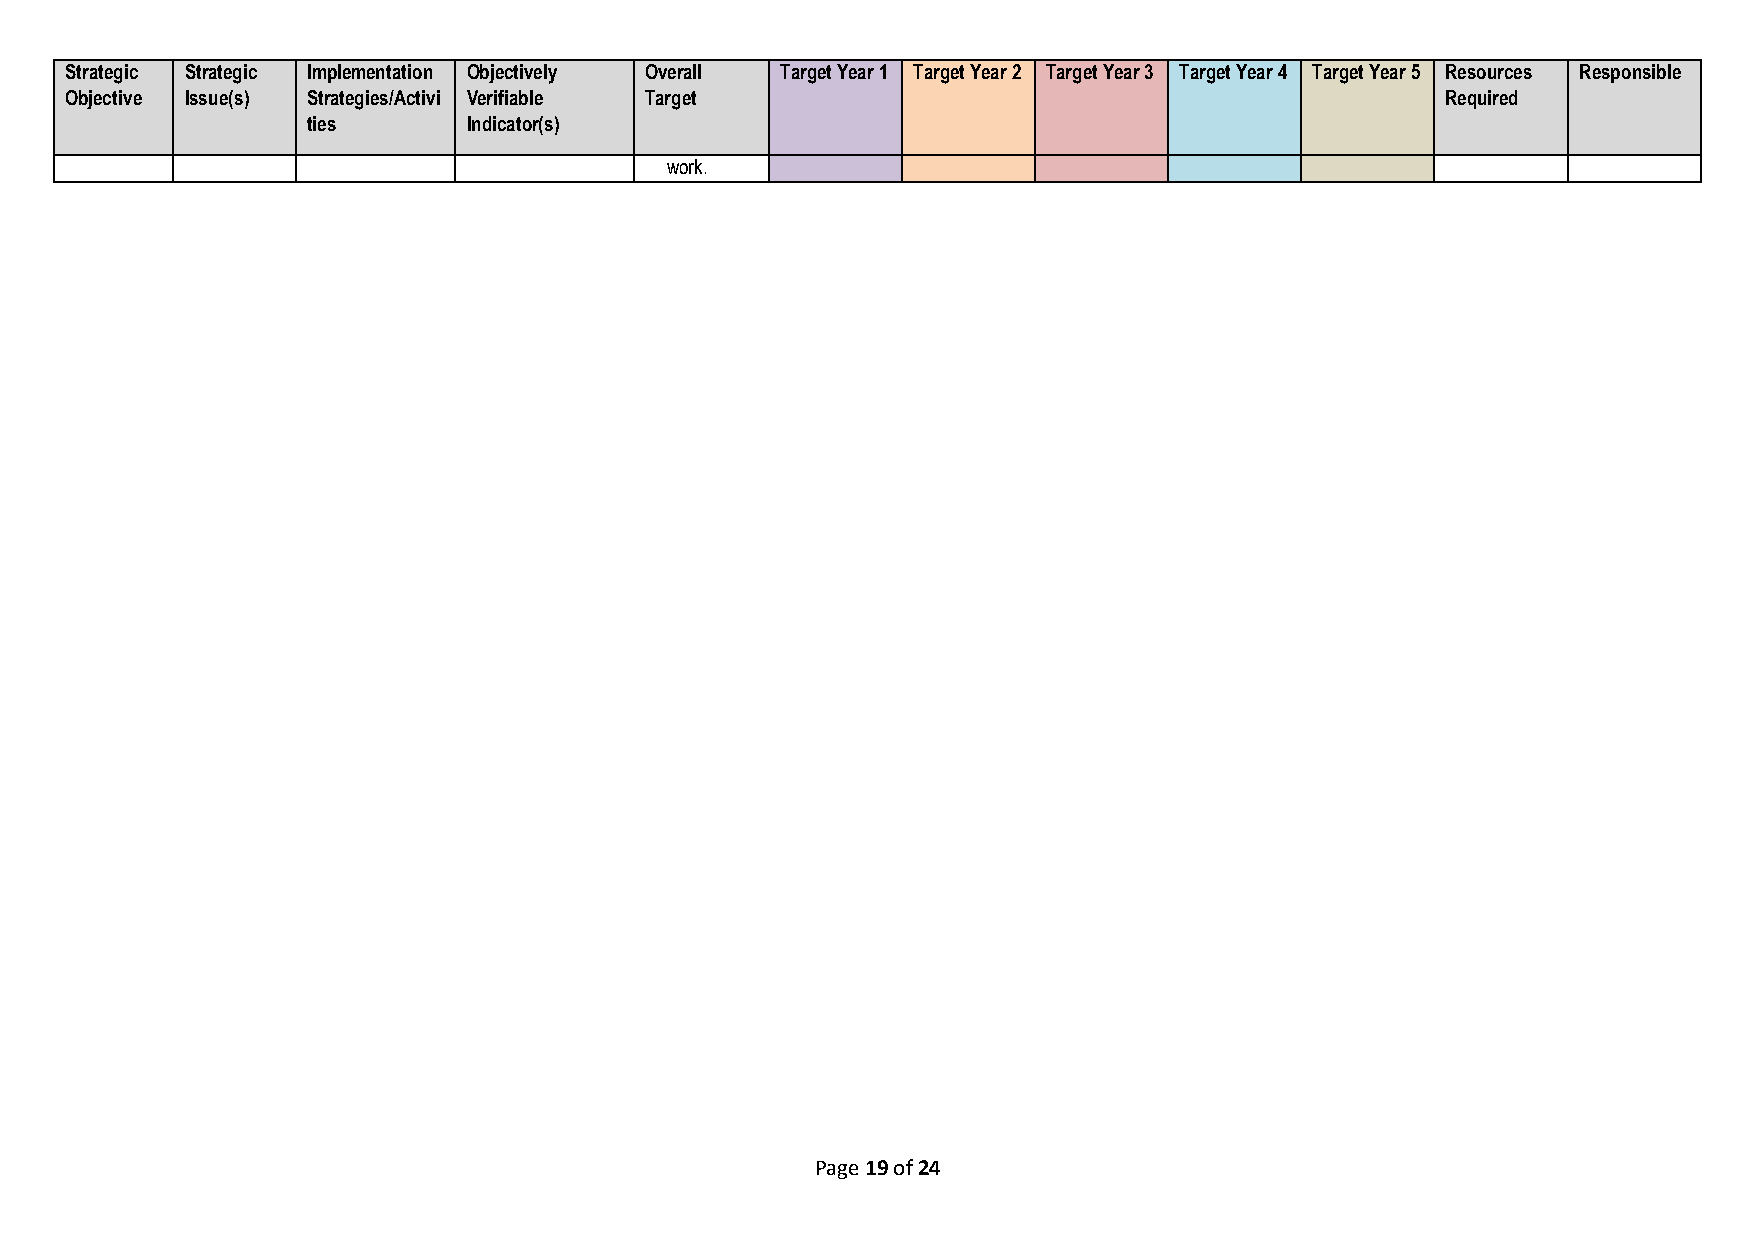
Strategic Strategic Implementation Objectively Overall Target Year 1 Target Year 2 Target Year 3 Target Year 4 Target Year 5 Resources Responsible
 Objective Issue(s) Strategies/Activi Verifiable Target                                      Required
 ties       Indicator(s)
 work.
 Page 19 of 24